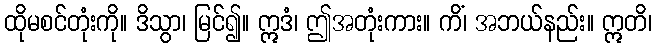
ထိုမစင်တုံးကို။ ဒိသွာ၊ မြင်၍။ ဣဒံ၊ ဤအတုံးကား။ ကိံ၊ အဘယ်နည်း။ ဣတိ၊